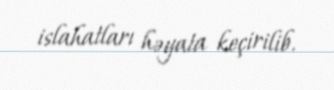
islahatları həyata keçirilib.